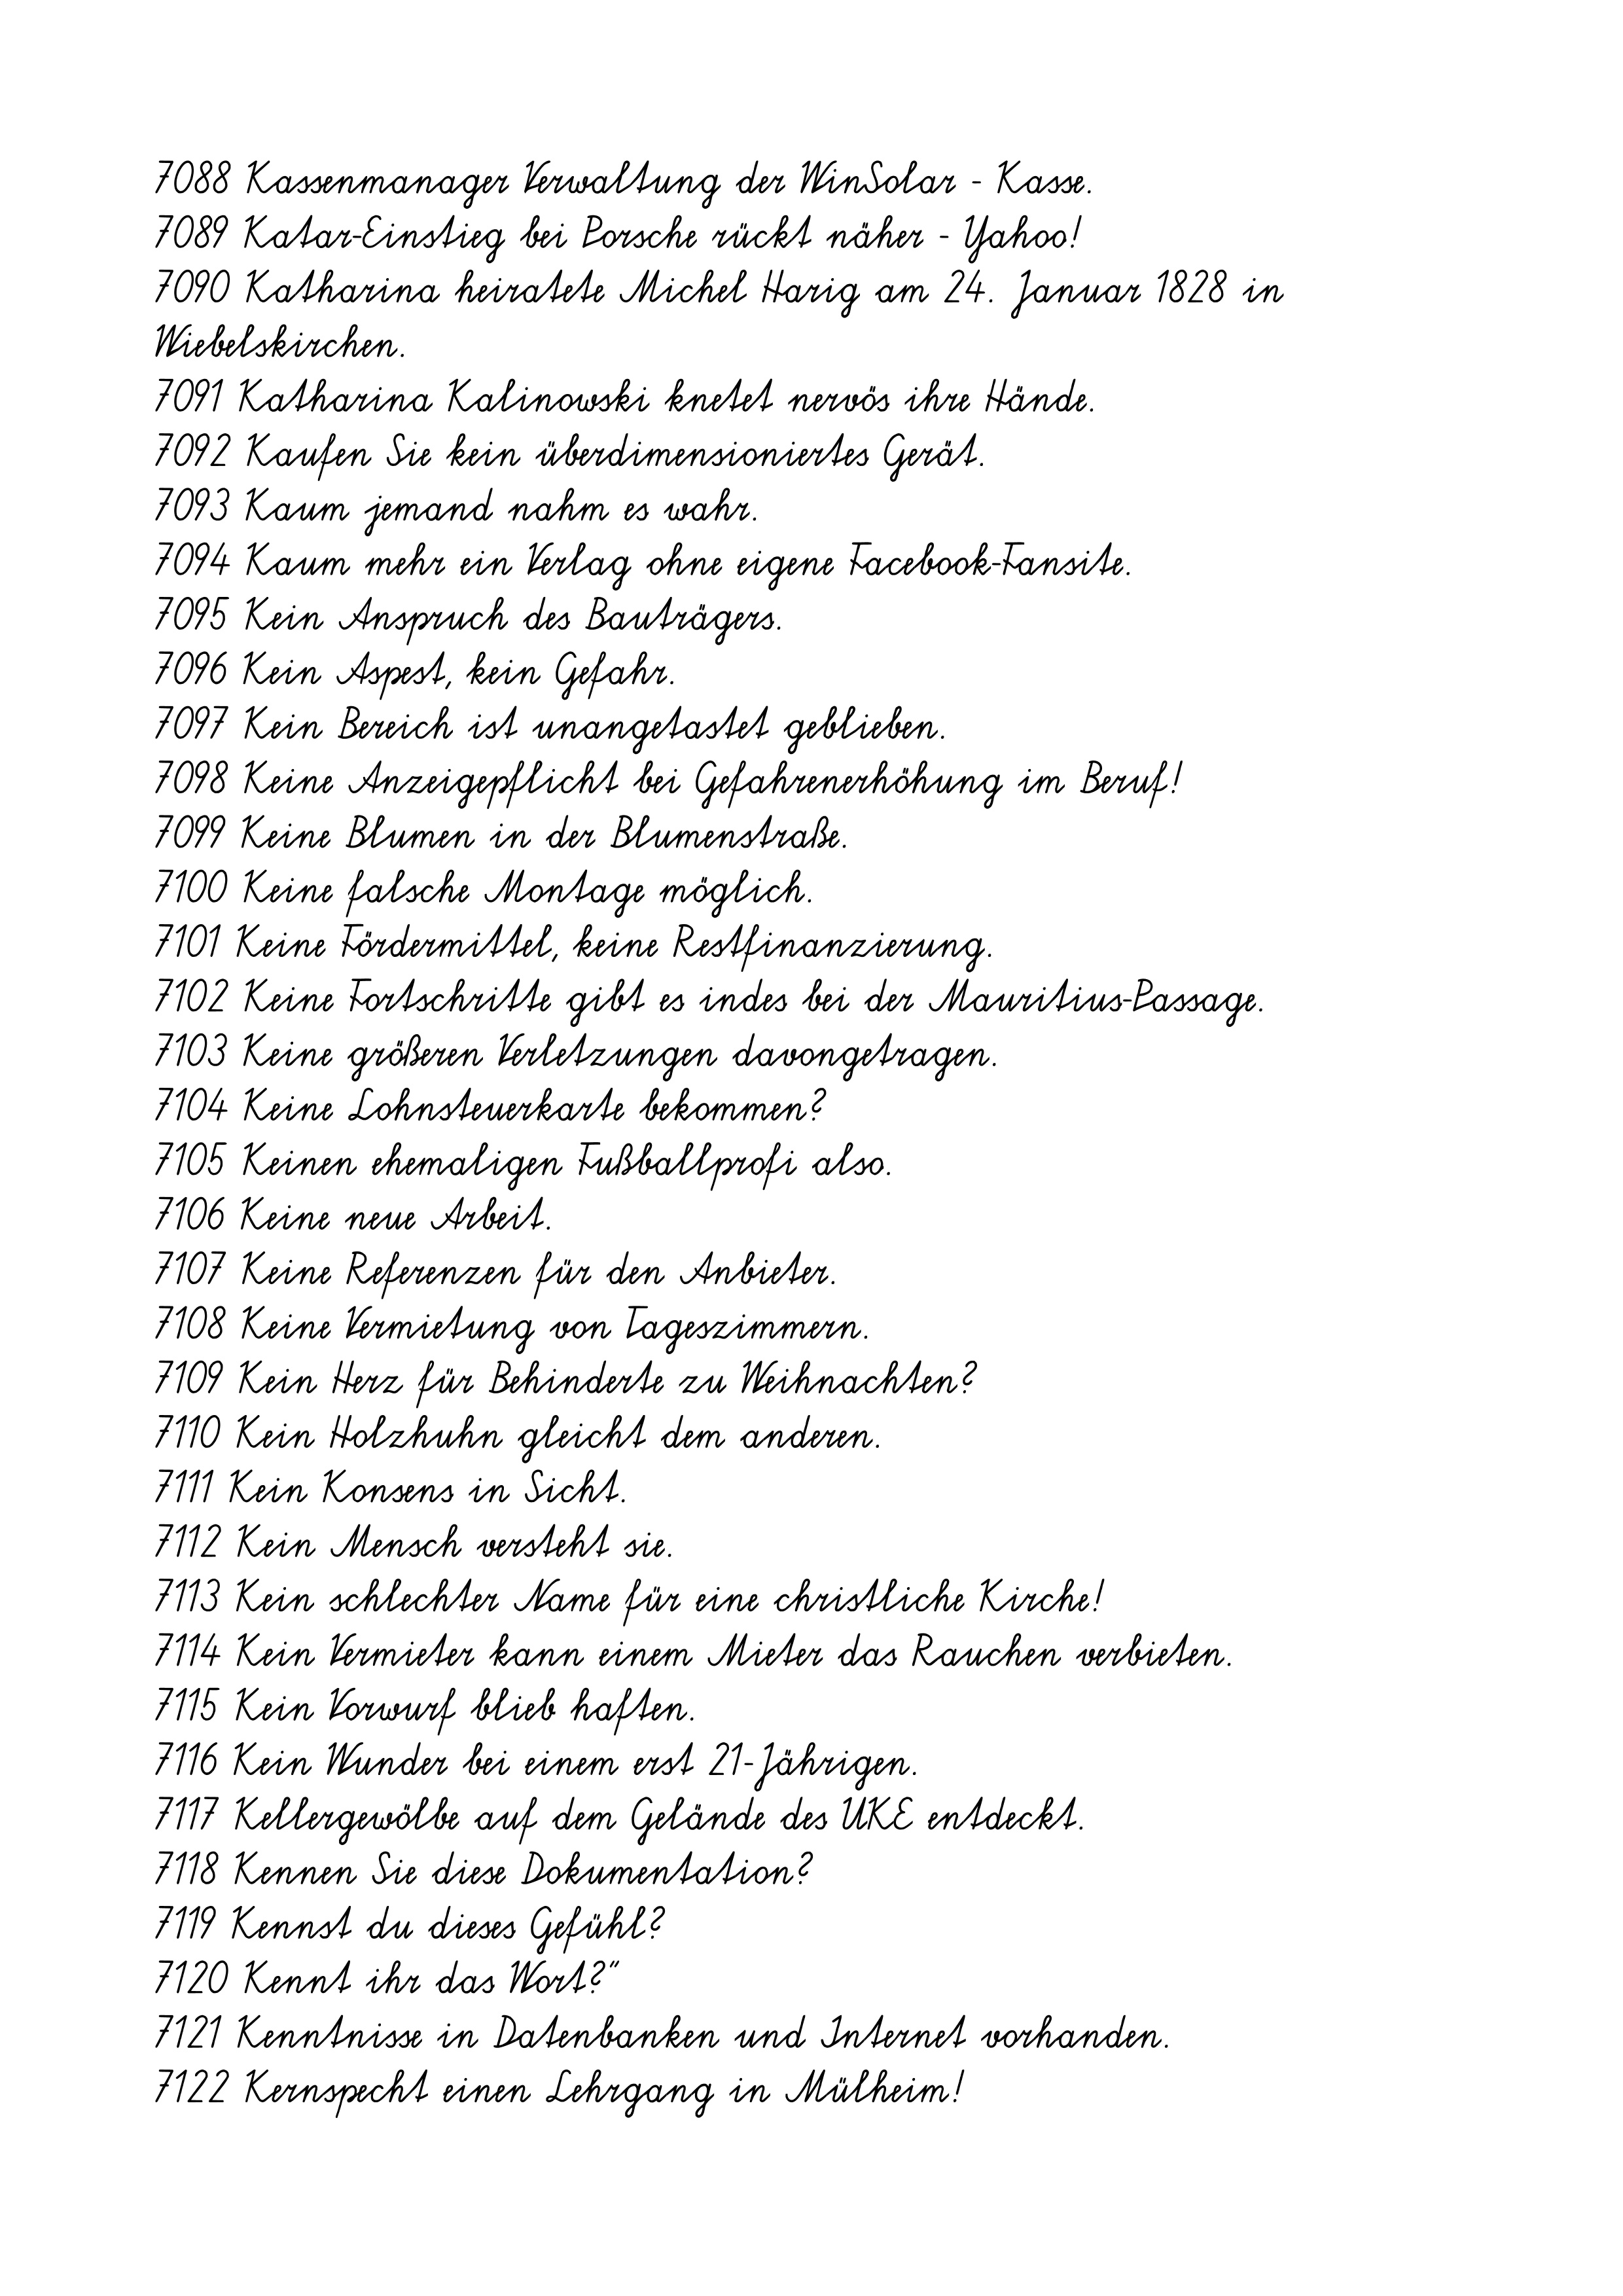
7088 Kassenmanager Verwaltung der WinSolar - Kasse.
7089 Katar-Einstieg bei Porsche rückt näher - Yahoo!
7090 Katharina heiratete Michel Harig am 24. Januar 1828 in
Wiebelskirchen.
7091 Katharina Kalinowski knetet nervös ihre Hände.
7092 Kaufen Sie kein überdimensioniertes Gerät.
7093 Kaum jemand nahm es wahr.
7094 Kaum mehr ein Verlag ohne eigene Facebook-Fansite.
7095 Kein Anspruch des Bauträgers.
7096 Kein Aspest, kein Gefahr.
7097 Kein Bereich ist unangetastet geblieben.
7098 Keine Anzeigepflicht bei Gefahrenerhöhung im Beruf!
7099 Keine Blumen in der Blumenstraße.
7100 Keine falsche Montage möglich.
7101 Keine Fördermittel, keine Restfinanzierung.
7102 Keine Fortschritte gibt es indes bei der Mauritius-Passage.
7103 Keine größeren Verletzungen davongetragen.
7104 Keine Lohnsteuerkarte bekommen?
7105 Keinen ehemaligen Fußballprofi also.
7106 Keine neue Arbeit.
7107 Keine Referenzen für den Anbieter.
7108 Keine Vermietung von Tageszimmern.
7109 Kein Herz für Behinderte zu Weihnachten?
7110 Kein Holzhuhn gleicht dem anderen.
7111 Kein Konsens in Sicht.
7112 Kein Mensch versteht sie.
7113 Kein schlechter Name für eine christliche Kirche!
7114 Kein Vermieter kann einem Mieter das Rauchen verbieten.
7115 Kein Vorwurf blieb haften.
7116 Kein Wunder bei einem erst 21-Jährigen.
7117 Kellergewölbe auf dem Gelände des UKE entdeckt.
7118 Kennen Sie diese Dokumentation?
7119 Kennst du dieses Gefühl?
7120 Kennt ihr das Wort?"
7121 Kenntnisse in Datenbanken und Internet vorhanden.
7122 Kernspecht einen Lehrgang in Mülheim!